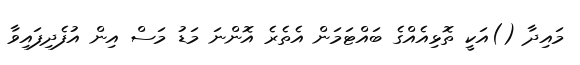
މައިދާ ()އަކީ ތޮޅިއެއްގެ ބައްޓަމަން އެތެރެ އޮންނަ މަޑު މަސް އިން އުފެދިފައިވާ